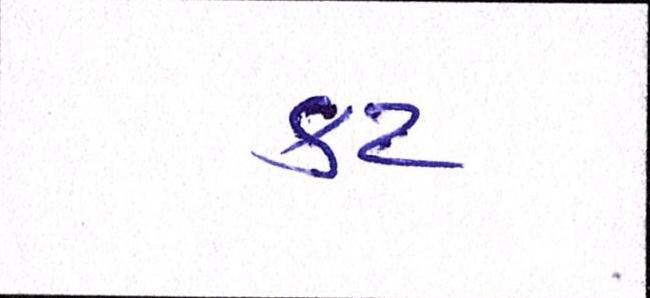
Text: કટ